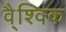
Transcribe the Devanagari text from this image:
वै्श्विक